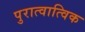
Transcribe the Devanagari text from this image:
पुरात्वात्विक